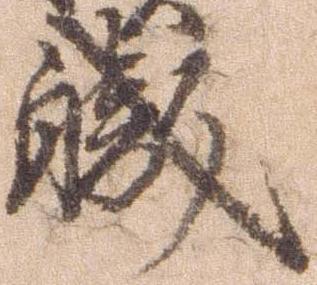
職